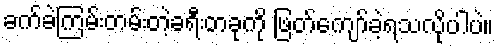
ခက်ခဲကြမ်းတမ်းတဲ့ခရီးတခုကို ဖြတ်ကျော်ခဲ့ရသလိုပါပဲ။